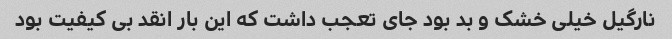
نارگیل خیلی خشک و بد بود جای تعجب داشت که این بار انقد بی کیفیت بود